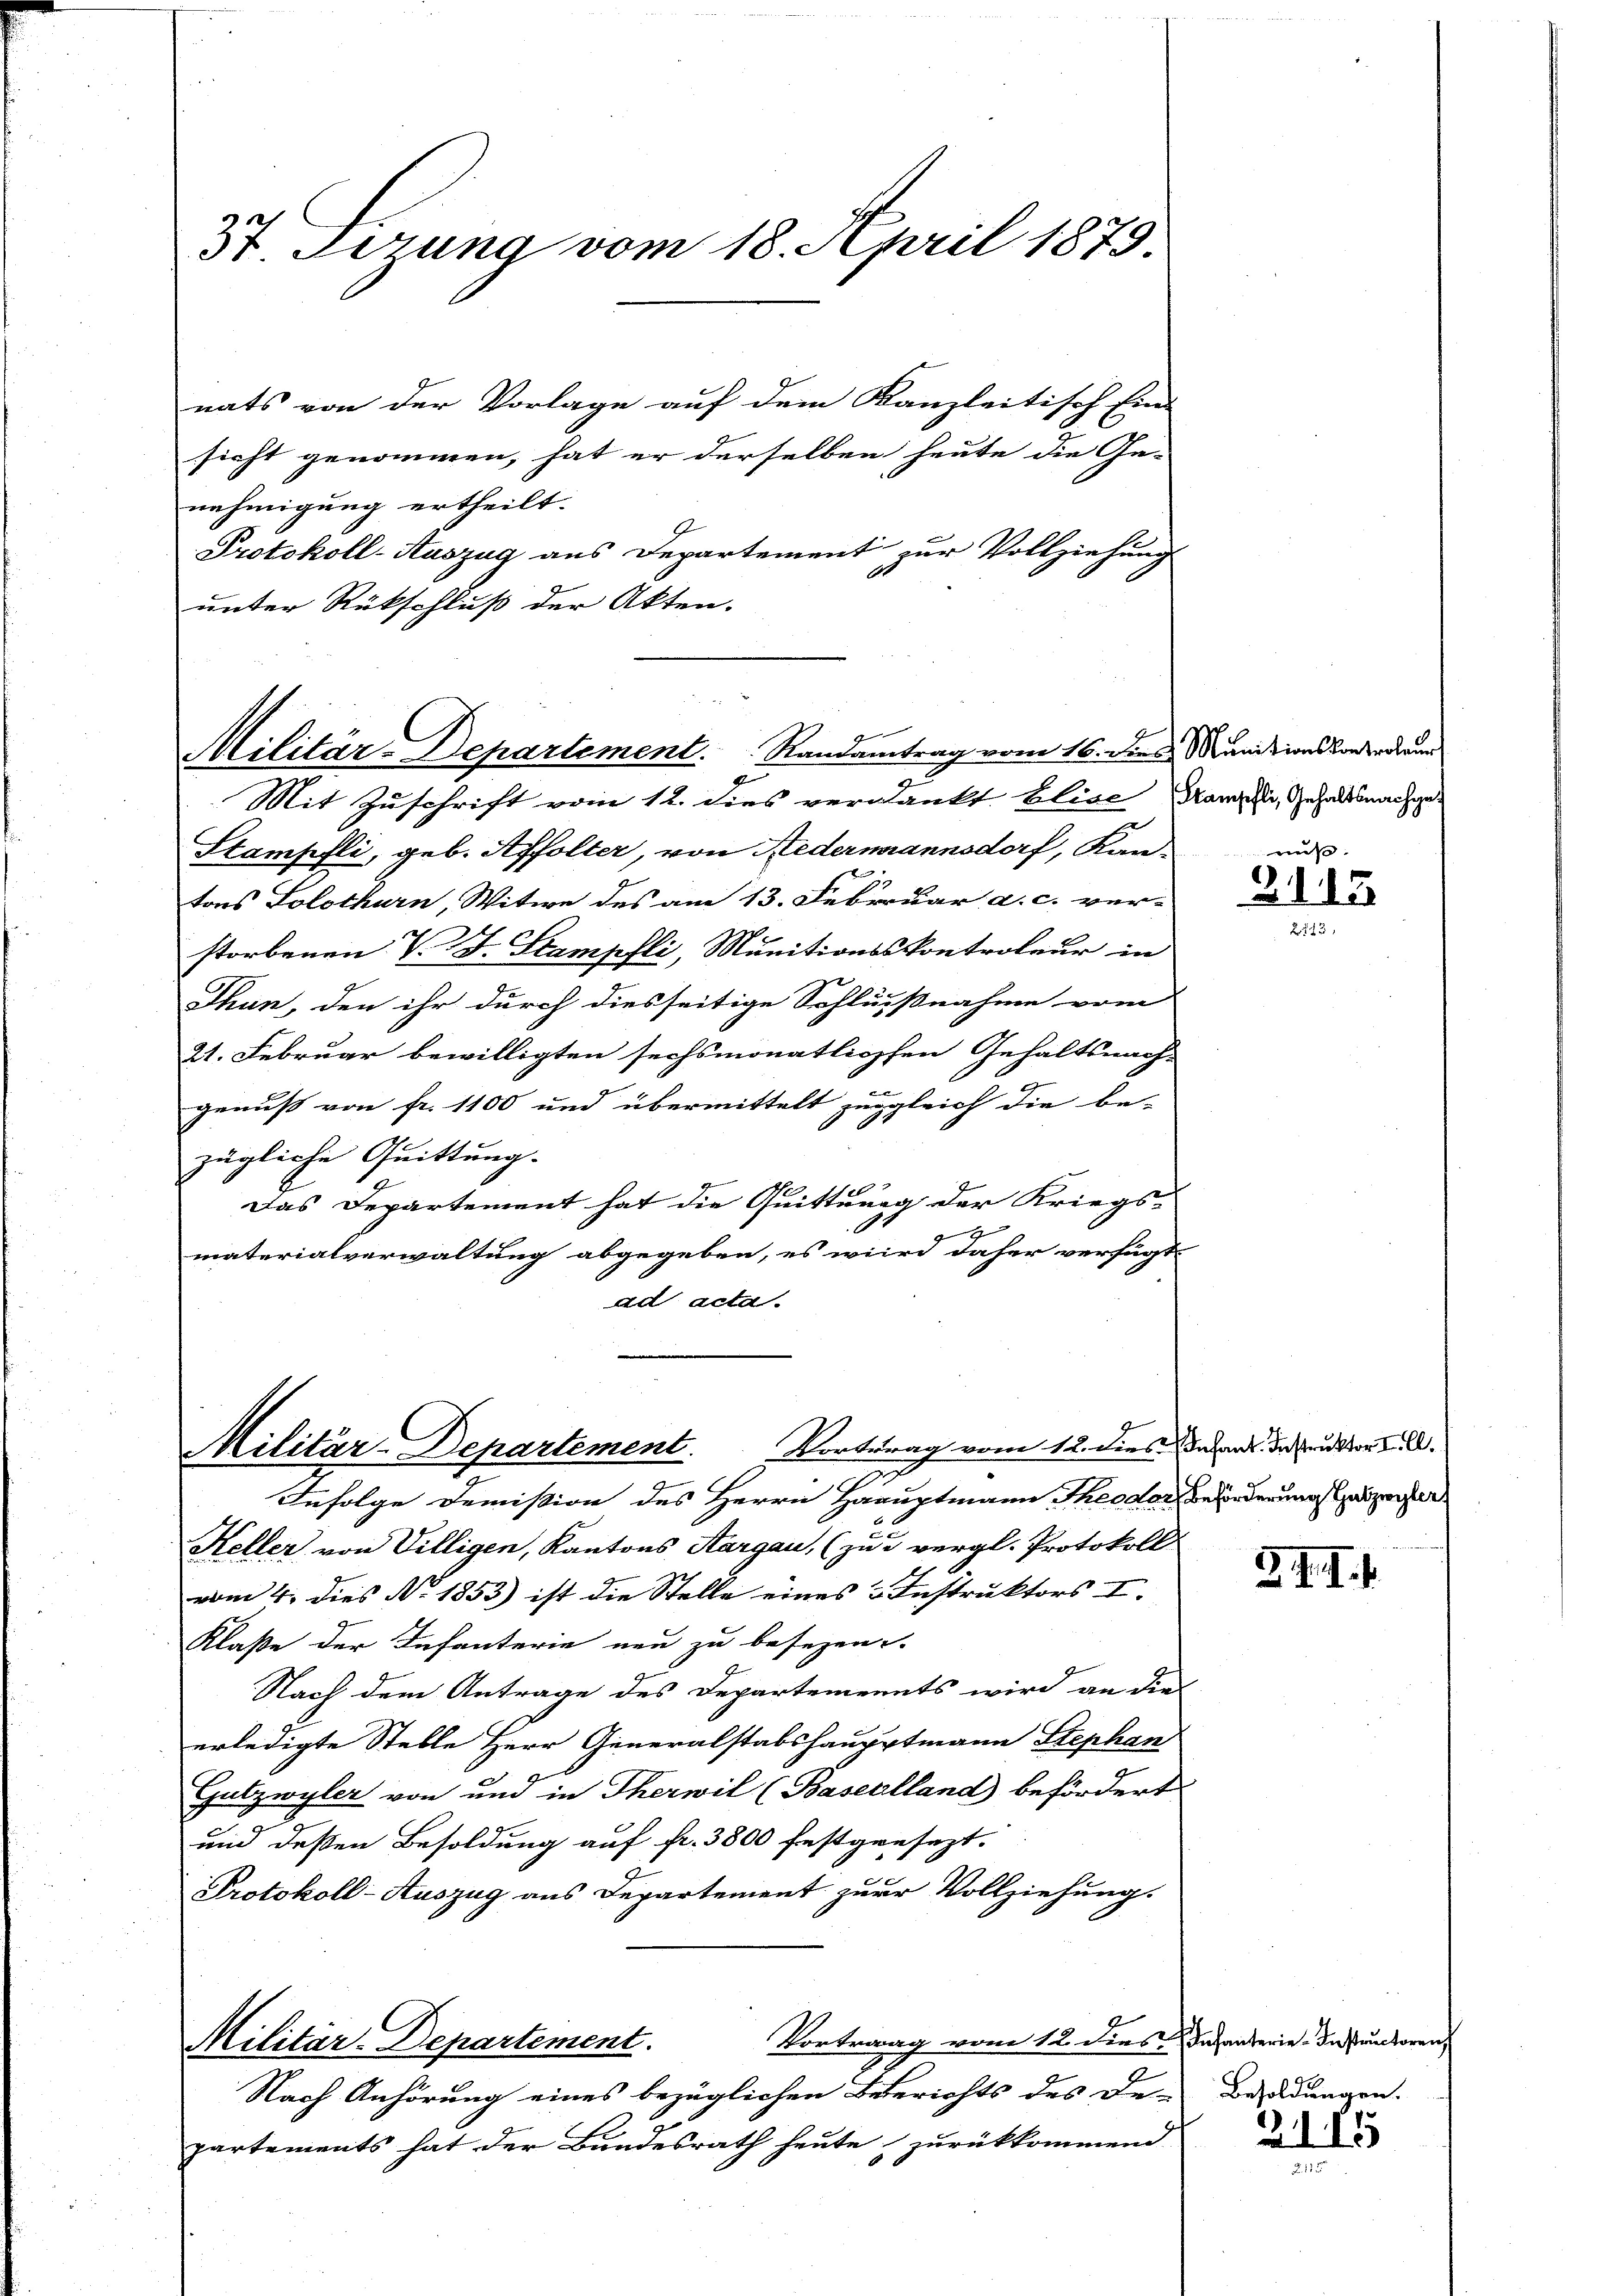
St. Sizung vom 18. April 1879.

nats von der Vorlage auf dem Kanzleitisch Ein-
sicht genommen, hat er derselben heute die Ge-
nehmigung ertheilt.
Protokoll-Auszug aus Departement zur Vollziehung
1
unter Rückschluß der Akten.

Militär-Departement. Randantrag vom 16. dies Munitions Conradirun

Militär-Departement. Vortrag vom 12. dies Tabars des unter
2
Infolge Demission des Herrn Haauptmann Theodor Beförderung Geizerger

Militär-Departement.

Mit Zuschrift vom 12. dies verdankt Elise Harz, Gehaltsmach
Stampfli, geb. Affolter, von Nedermannsdorf, Kan-
tons Solothurn, Witwe des am 13. Februar a. c. ver-
storbenen V. J. Stampfli, Munitionsskontroleur in
Thun, den ihr durch diesseitige Schlußnahme vom
21. Februar bewilligten sechsmonatlichen Gehaltsnach-
genuß von fr. 1100 und übermittelt zugleich die be-
zügliche Quittung.
Das Departement hat die Quittung der Kriegs-
materialverwaltung abgegeben, es wird daher verfügt
ad acta.

Heller, von Villigen, Kantons Aargau, (zu & vergl. Protokoll
vom 4. Dies No. 1853) ist die Stelle eines u Instruktors I.
Klaße der Infanterie neu zu besezen.
Nach dem Antrage des Departements wird an die
erledigte Stelle Herr Generalstabshaupptmann Stephan
Gutzwyler von und in Therwil (Baselland befördert
und deßen Besoldung auf fr. 3800 festgesezt.
Protokoll-Auszug aus Departement zur Vollziehung.

Vortrag vom 12. dies dasanterie-Instructoren,
Nach Anhörung eines bezüglichen Berichts des der Beidungen.
partements hat der Bundesrath heute zurückkommend

mus.
2115

Z I. I. f.

21. 15